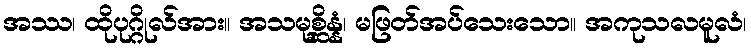
အဿ၊ ထိုပုဂ္ဂိုလ်အား။ အသမုစ္ဆိန္နံ၊ မဖြတ်အပ်သေးသော။ အကုသလမူလံ၊